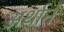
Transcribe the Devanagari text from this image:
अर्थानं